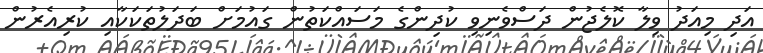
އަދި މިއަދު ވިލާ ކޮލެޖުން ދަސްވެނިވި ކުދިންގެ މަސައްކަތުން ގައުމަށް ބަދަލުތަކަކާއި ކުރިއެރުން